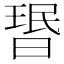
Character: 𬁂